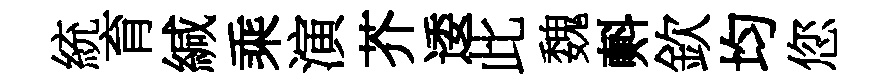
統育緘乘演芥逶此魏㪺欽均您